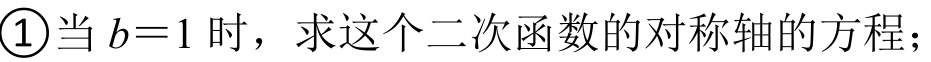
\textcircled{1}当\(b = 1\)时，求这个二次函数的对称轴的方程；